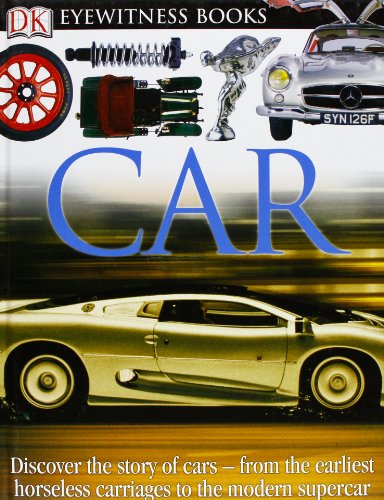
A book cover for DK Eyewitness Books: Car; Richard Sutton; Children's Books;